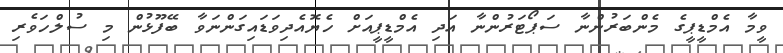
ވީމާ އެމްޑީޕީގެ މެންބަރުންނާ ސަޕޯޓަރުންނާ އަދި އެމްޑީޕީއަށް ހެޔޮއެދިވަޑައިގަންނަވާ ބޭފޫޅުން މި ސުލްހަވެރި